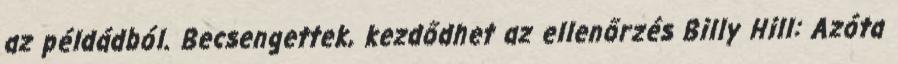
az példádból. Becsengettek, kezdődhet az ellenőrzés Billy Hill: Azóta